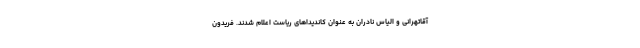
آقاتهرانی و الیاس نادران به عنوان کاندیداهای ریاست اعلام شدند. فریدون